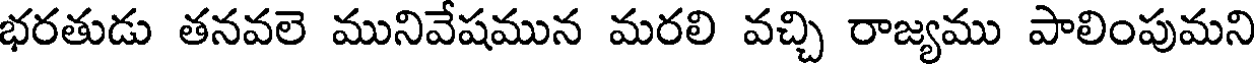
భరతుడు తనవలె మునివేషమున మరలి వచ్చి రాజ్యము పాలింపుమని